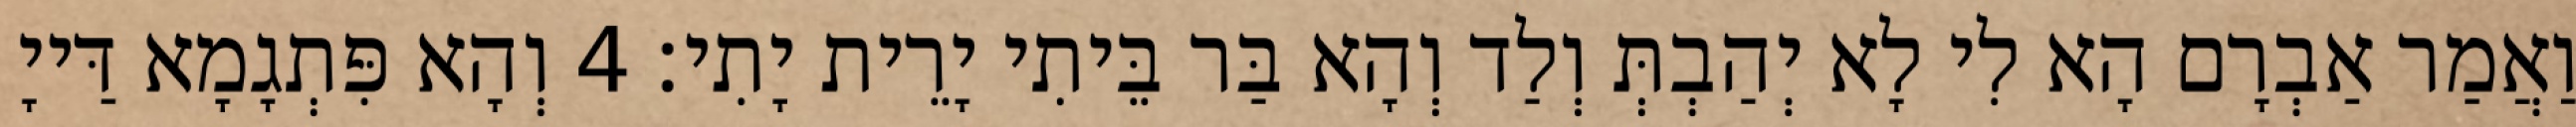
וַאֲמַר אַבְרָם הָא לִי לָא יְהַבְתְּ וְלַד וְהָא בַּר בֵּיתִי יָרֵית יָתִי׃ 4 וְהָא פִּתְגָמָא דַּייָ